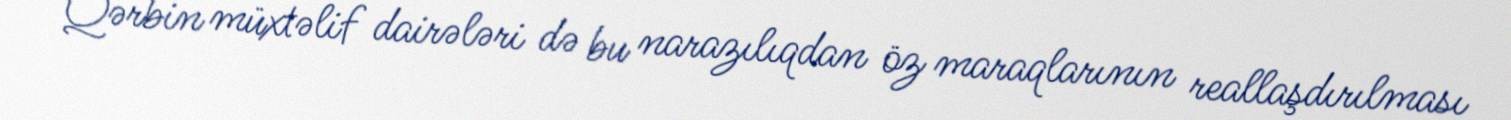
Qərbin müxtəlif dairələri də bu narazılıqdan öz maraqlarının reallaşdırılması